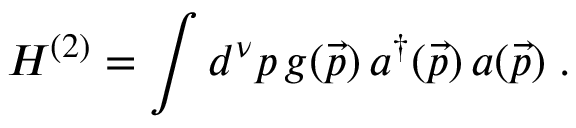
H ^ { ( 2 ) } = \int d ^ { \nu } p \, g ( \vec { p } ) \, a ^ { \dag } ( \vec { p } ) \, a ( \vec { p } ) \; .